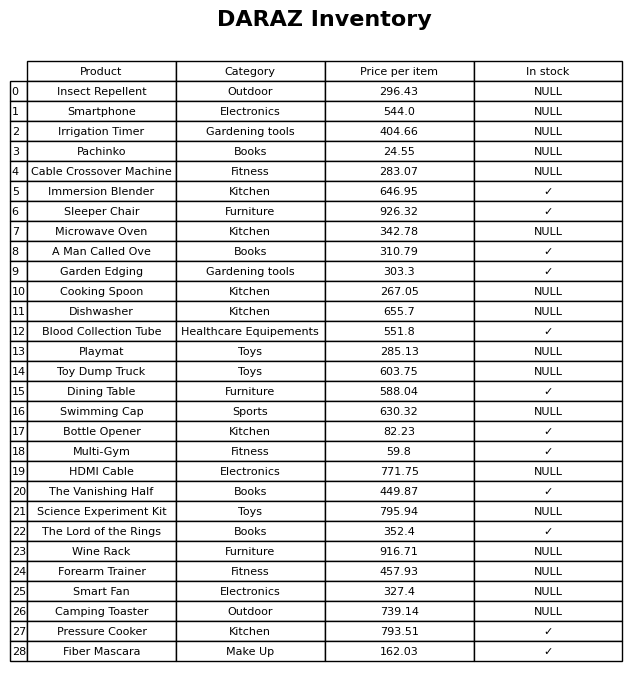
question: Is the Toy Dump Truck in stock?
answer: NULL